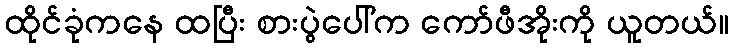
ထိုင်ခုံကနေ ထပြီး စားပွဲပေါ်က ကော်ဖီအိုးကို ယူတယ်။